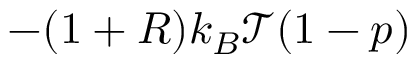
- ( 1 + R ) k _ { B } \mathcal { T } ( 1 - p )